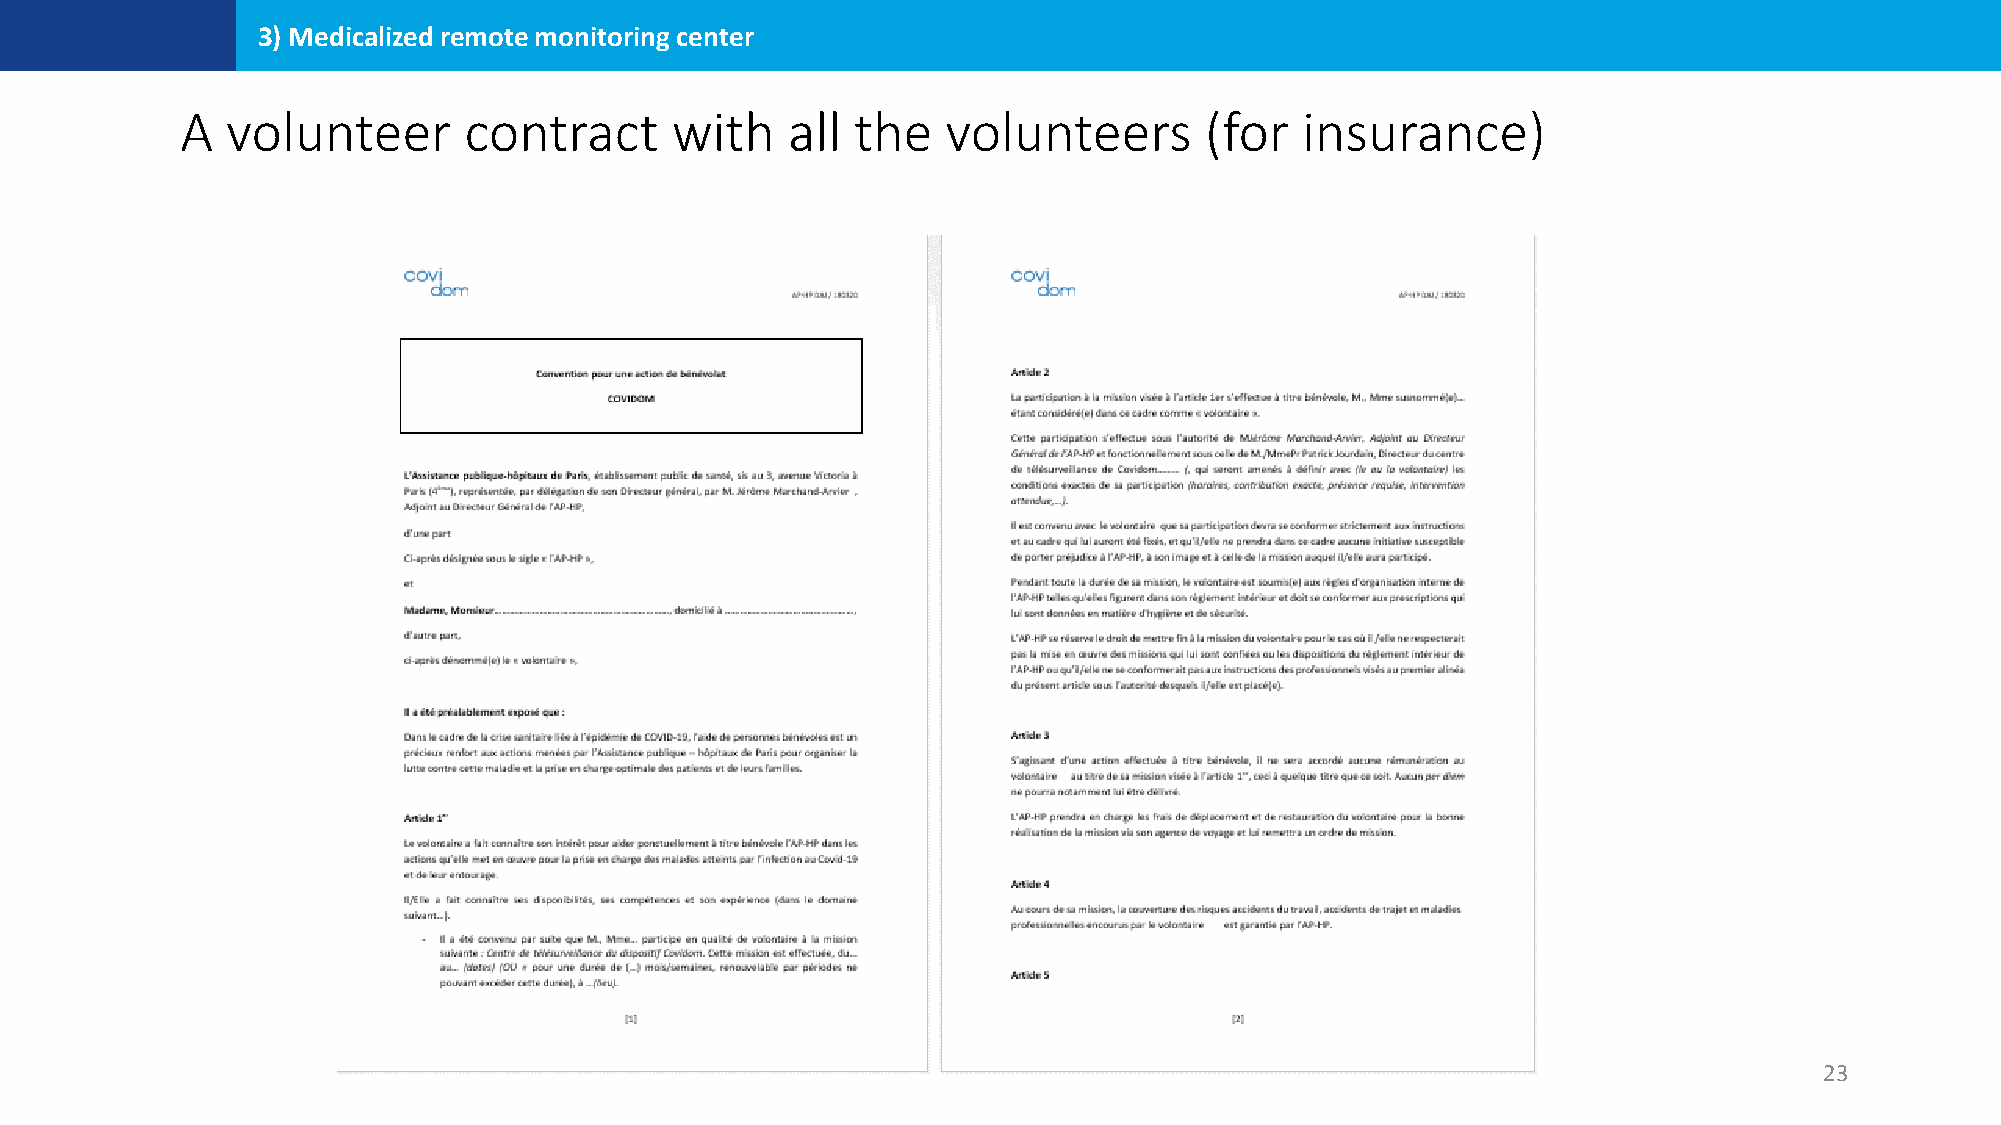
3) Medicalized remote monitoring center
 A  volunteer       contract     with    all  the   volunteers       (for  insurance)
 23